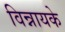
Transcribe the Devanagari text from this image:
विन्नायके